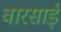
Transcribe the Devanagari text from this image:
वारसाई